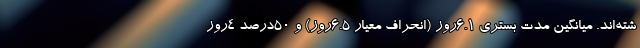
شته‌اند. میانگین مدت بستری ۶.۱روز (انحراف معیار ۶.۵روز) و ۵۰درصد ۴روز